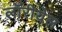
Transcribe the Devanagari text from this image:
लॉरीयेल